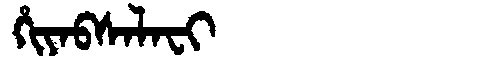
Manchu: ᡥᡳᠶᠠᠪᠰᠠᠯᠠᠸᡳ
Romanization: HIYABSALAFI